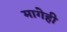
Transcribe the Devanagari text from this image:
मागेही